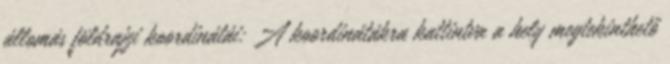
állomás földrajzi koordinátái: A koordinátákra kattintva a hely megtekinthető